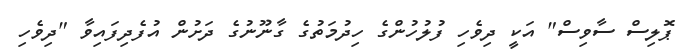
ޕޮލިސް ސާވިސް" އަކީ ދިވެހި ފުލުހުންގެ ހިދުމަތުގެ ގާނޫނުގެ ދަށުން އުފެދިފައިވާ "ދިވެހި